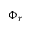
\Phi _ { r }